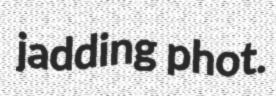
jadding phot.